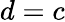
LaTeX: d=c